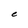
Character: e